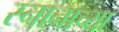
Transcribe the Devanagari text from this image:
स्नानाच्या